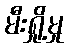
မီးရှို့မှု